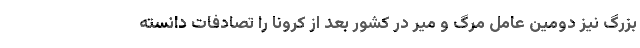
بزرگ نیز دومین عامل مرگ و میر در کشور بعد از کرونا را تصادفات دانسته